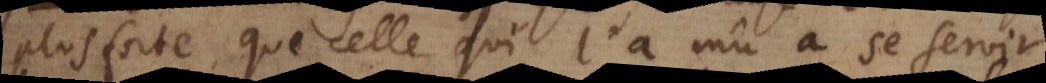
plus forte, que celle qui l’a mû à se servir